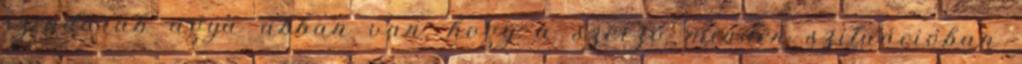
színdarab agya abban van, hogy a szerző minden szituációban